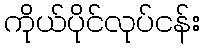
ကိုယ်ပိုင်လုပ်ငန်း